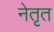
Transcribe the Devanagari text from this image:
नेतृत